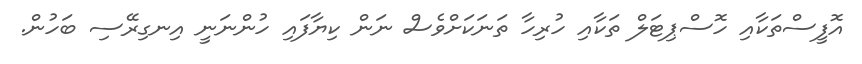
އޮފީސްތަކާއި ހޮސްޕިޓަލް ތަކާއި ހުރިހާ ތަނަކަށްވެސް ނަން ކިޔާފައި ހުންނަނީ އިނގިރޭސި ބަހުން.